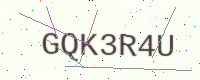
Text: GQK3R4U